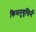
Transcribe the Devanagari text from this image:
किमनुवृत्तिर्न